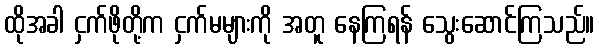
ထိုအခါ ငှက်ဖိုတို့က ငှက်မများကို အတူ နေကြရန် သွေးဆောင်ကြသည်။